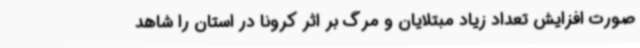
صورت افزایش تعداد زیاد مبتلایان و مرگ بر اثر کرونا در استان را شاهد